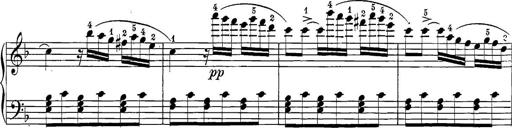
Title: 12 Sonatine per Pianoforte
Composer: Friedrich Kuhlau